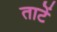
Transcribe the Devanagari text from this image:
ताटें